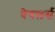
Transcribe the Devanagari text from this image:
बेचलर्स